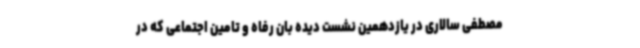
مصطفی سالاری در یازدهمین نشست دیده بان رفاه و تامین اجتماعی که در